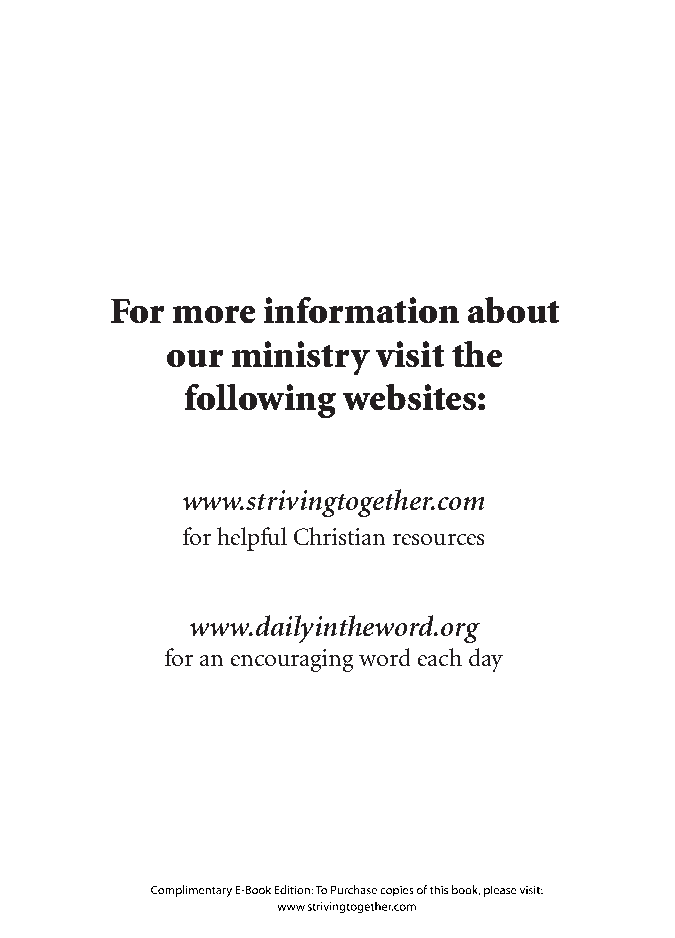
For more  information   about
 our ministry  visit the
 following  websites:
 www.strivingtogether.com
 for helpful Christian resources
 www.dailyintheword.org
 for an encouraging word each day
 Complimentary E-Book Edition: To Purchase copies of this book, please visit:
 www.strivingtogether.com